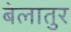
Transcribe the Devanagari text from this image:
बेलातुर